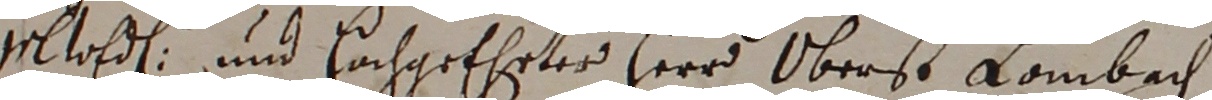
geltoe und hochgeehrter herr Oberst Kombach